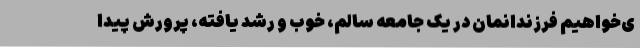
ی‌خواهیم فرزندانمان در یک جامعه سالم، خوب و رشد یافته، پرورش پیدا